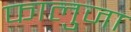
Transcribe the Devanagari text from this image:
फालुजा